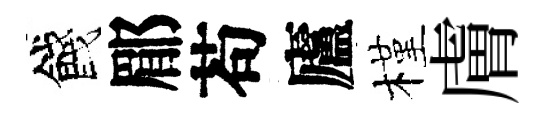
餞郿苟廬槿膚